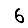
Digit: 6